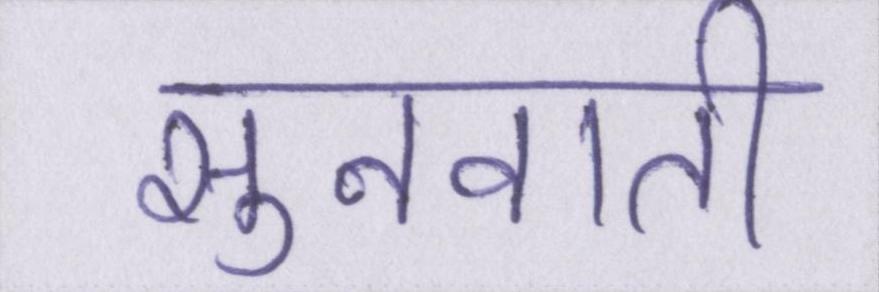
सुनवाती